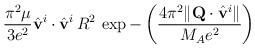
LaTeX: \begin{align*}\frac{\pi^2\mu}{3e^2}\hat{\bf v}^i\cdot\hat{\bf v}^i\,R^2\,\exp-\left(\frac{4\pi^2\|{\bf Q}\cdot\hat{\bf v}^i\|}{M_Ae^2}\right)\end{align*}